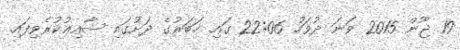
19 ޖޫން 2015 ވަނަ ދުވަހު 22:06 ގައި ޚަބަރުގެ ދަށުގައި ޝާއިޢުކުރެވިފައި.